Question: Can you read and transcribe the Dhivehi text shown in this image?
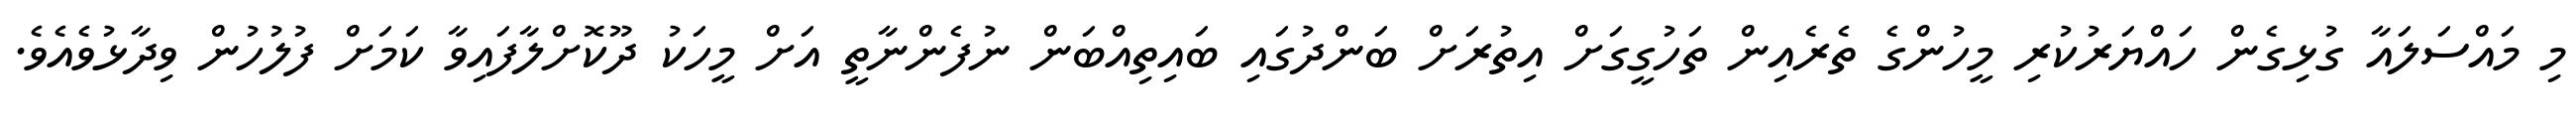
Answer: މި މައްސަލައާ ގުޅިގެން ހައްޔަރުކުރި މީހުންގެ ތެރެއިން ތަހުގީގަށް އިތުރަށް ބަންދުގައި ބައިތިއްބަން ނުފެންނާތީ އަށް މީހަކު ދޫކޮށްލާފައިވާ ކަމަށް ފުލުހުން ވިދާޅުވެއެވެ.